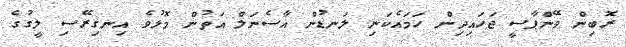
ރޮބިން ވޭންޕާސީ ޖަހައިދިން ހަމައެކަނި ލަނޑުން އާސެނަލް އަތުން މޮޅުވެ އިނގިރޭސި ލީގުގެ